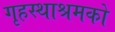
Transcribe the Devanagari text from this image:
गृहस्थाश्रमको